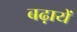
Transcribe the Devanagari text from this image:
बढ़ायें